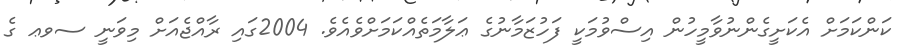
ކަންކަމަށް އެކަށީގެންނުވާމީހުން އިސްވުމަކީ ފަހުޒަމާނުގެ ޢަލާމަތެއްކަމަށްވެއެވެ. 2004ގައި ރާއްޖެއަށް މިވަނީ ސވޢ ގެ